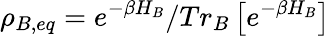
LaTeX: \rho_{B,eq}=e^{-\beta H_{B}}/Tr_{B}\left[e^{-\beta H_{B}}\right]